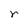
Character: r